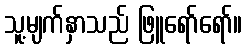
သူ့မျက်နှာသည် ဖြူရော်ရော်။